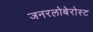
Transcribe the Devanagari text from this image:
जनरलोबेरोस्ट